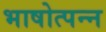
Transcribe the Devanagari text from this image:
भाषोत्पन्न